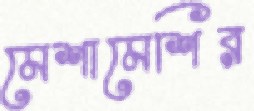
মেশামেশির